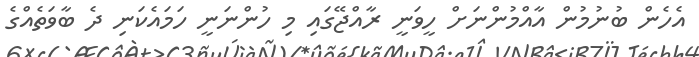
އެހެން ބުނުމުން އާއްމުންނަށް ހީވަނީ ރާއްޖޭގައި މި ހުންނަނީ ހަމައެކަނި ދެ ބާވަތެއްގެ